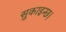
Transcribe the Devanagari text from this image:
सुकाइन्छ।